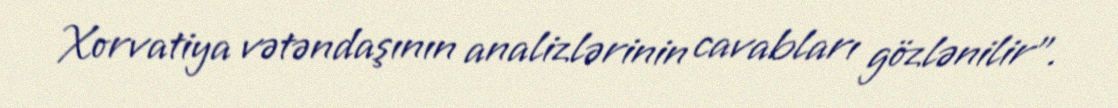
Xorvatiya vətəndaşının analizlərinin cavabları gözlənilir".